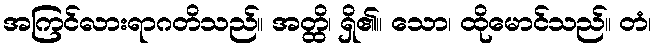
အကြင်လားရာဂတိသည်။ အတ္ထိ၊ ရှိ၏။ သော၊ ထိုမောင်သည်။ တံ၊